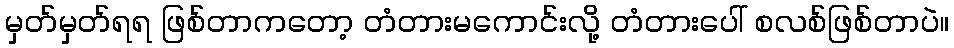
မှတ်မှတ်ရရ ဖြစ်တာကတော့ တံတားမကောင်းလို့ တံတားပေါ် စလစ်ဖြစ်တာပဲ။